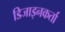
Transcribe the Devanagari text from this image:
डिजाइनकर्ता